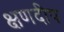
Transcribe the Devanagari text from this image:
क्षणदीप